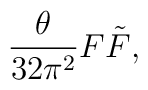
\frac {\theta}{32 \pi^2} F \tilde{F},